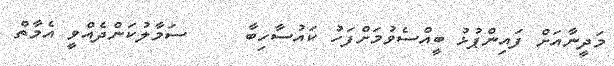
މަދީނާއަށް ފައިންޕުޅު ބީއްސެވުމަށްފަހު ކައުސާހިބާ     ސަމާލުކަންދެއްވީ އެމާތް